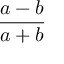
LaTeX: { \frac { a - b } { a + b } } \,